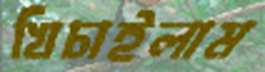
খিচাইলাম